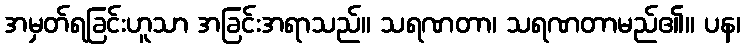
အမှတ်ရခြင်းဟူသာ အခြင်းအရာသည်။ သရဏတာ၊ သရဏတာမည်၏။ ပန၊